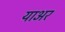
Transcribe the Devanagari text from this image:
याअर